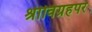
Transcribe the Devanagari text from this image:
श्रीविग्रहपर